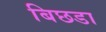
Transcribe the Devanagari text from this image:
बिछडा